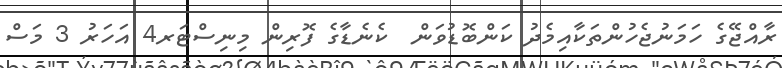
ރާއްޖޭގެ ހަމަނުޖެހުންތަކާއިމެދު ކަންބޮޑުވަން  ކެނެޑާގެ ފޮރިން މިނިސްޓަރ4 އަހަރު 3 މަސް